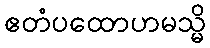
ဧတံပထောဟမသ္မိ